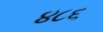
૪૮૬